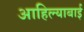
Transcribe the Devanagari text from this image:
आहिल्याबाई